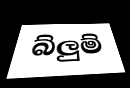
බ්ලුම්